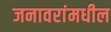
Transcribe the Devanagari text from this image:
जनावरांमधील